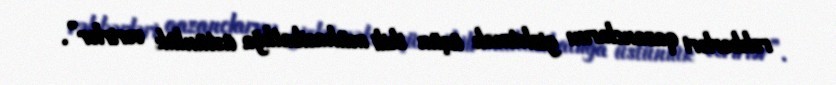
rəhbərləri qazanclarını gizlətmək üçün ikili mühasibatlığa üstünlük verirlər”.